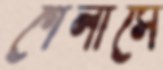
গেলাসে